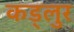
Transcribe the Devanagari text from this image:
कड्लुर